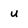
Character: u